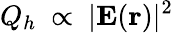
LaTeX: Q_{h}\ \propto\ |\mathbf{E}(\mathbf{r})|^{2}